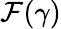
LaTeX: \mathcal{F}(\gamma)